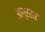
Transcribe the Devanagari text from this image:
आग्रसर